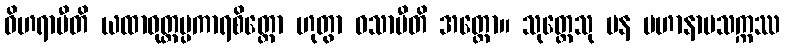
ဝိဟရာမီတိ ယထာဝုတ္တပ္ပကာရစိတ္တော ဟုတွာ ဝသာမီတိ အတ္ထော။ သုတ္တေသု ပန မဟာနာမသက္ကဿ